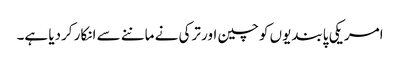
امریکی پابندیوں کو چین اور ترکی نے ماننے سے انکار کردیا ہے۔